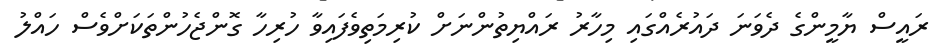
ރައީސް ޔާމީންގެ ދެވަނަ ދައުރެއްގައި މިހާރު ރައްޔިތުންނަށް ކުރިމަތިވެފައިވާ ހުރިހާ ގޮންޖެހުންތަކަށްވެސް ހައްލު